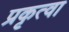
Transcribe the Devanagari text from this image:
प्रकृत्वा